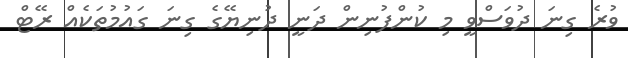
ވުރެ ގިނަ ދުވަސްވީ މި ކުންފުނިން ދަނީ ދުނިޔޭގެ ގިނަ ގައުމުތަކެއް ރޭޓް